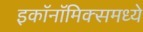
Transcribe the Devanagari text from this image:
इकाॅनाॅमिक्समध्ये